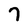
Character: 7